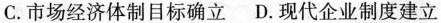
C.市场经济体制目标确立 D.现代企业制度建立